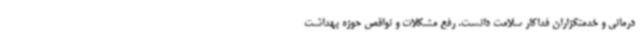
درمانی و خدمتگزاران فداکار سلامت دانست. رفع مشکلات و نواقص حوزه بهداشت